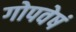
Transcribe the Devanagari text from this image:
गोपवेषं